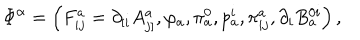
\Phi ^ { \alpha } = \left( F _ { i j } ^ { a } = \partial _ { \left[ i \right. } A _ { \left. j \right] } ^ { a } , \varphi _ { a } , \pi _ { a } ^ { 0 } , p _ { a } ^ { i } , \pi _ { i j } ^ { a } , \partial _ { i } B _ { a } ^ { 0 i } \right) ,